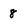
Character: 8